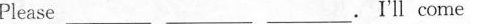
Please___ ___ ___ .I'll come